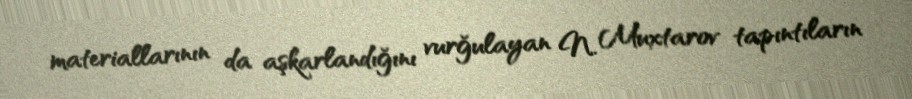
materiallarının da aşkarlandığını vurğulayan N. Muxtarov tapıntıların